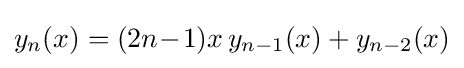
y_{n}(x)=(2n\!-\!1)x\,y_{n-1}(x)+y_{n-2}(x)